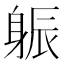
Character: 𨉎